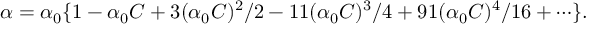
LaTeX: \alpha = \alpha _ { 0 } \{ 1 - \alpha _ { 0 } C + 3 ( \alpha _ { 0 } C ) ^ { 2 } / 2 - 1 1 ( \alpha _ { 0 } C ) ^ { 3 } / 4 + 9 1 ( \alpha _ { 0 } C ) ^ { 4 } / 1 6 + \cdots \} .